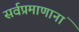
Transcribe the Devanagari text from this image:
सर्वप्रमाणानां